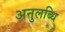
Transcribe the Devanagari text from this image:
अनुलब्धि